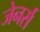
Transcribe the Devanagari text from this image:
जेनर्स